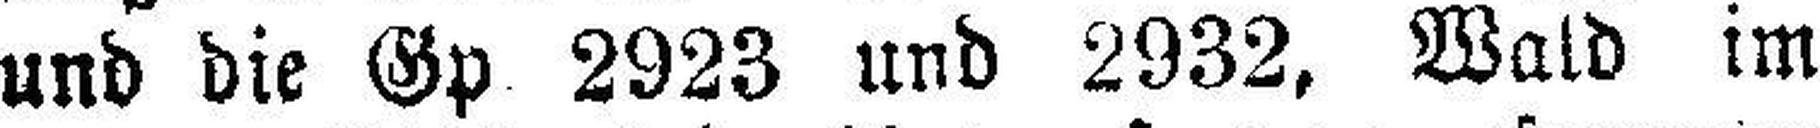
und die Gp 2923 und 2932, Wald im